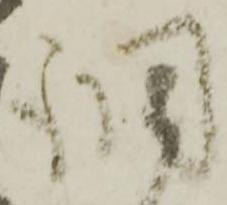
調